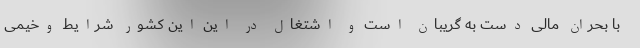
با بحران مالی دست به گریبان است و اشتغال در این این کشور شرایط وخیمی